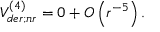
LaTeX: V _ { d e r ; n r } ^ { ( 4 ) } = 0 + { \cal O } \left( r ^ { - 5 } \right) .